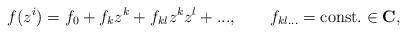
LaTeX: \begin{align*}f(z^i)=f_0+f_k z^k+ f_{kl}z^k z^l+..., \qquad f_{kl...}={\rm const.} \in {\bf C},\end{align*}